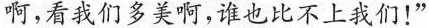
啊，看我们多美啊，谁也比不上我们！”